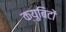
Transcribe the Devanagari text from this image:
क्युबिटों